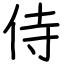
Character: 侍